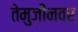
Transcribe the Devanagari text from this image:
तेमुजीनवर